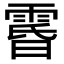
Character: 𮦘